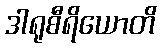
ဒါရုစီရိယောတိ